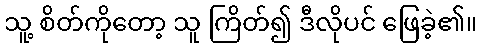
သူ့ စိတ်ကိုတော့ သူ ကြိတ်၍ ဒီလိုပင် ဖြေခဲ့၏။